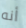
أنه